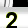
Digit: 2